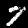
Digit: 7